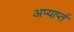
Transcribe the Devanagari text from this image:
अप्यार्प्त